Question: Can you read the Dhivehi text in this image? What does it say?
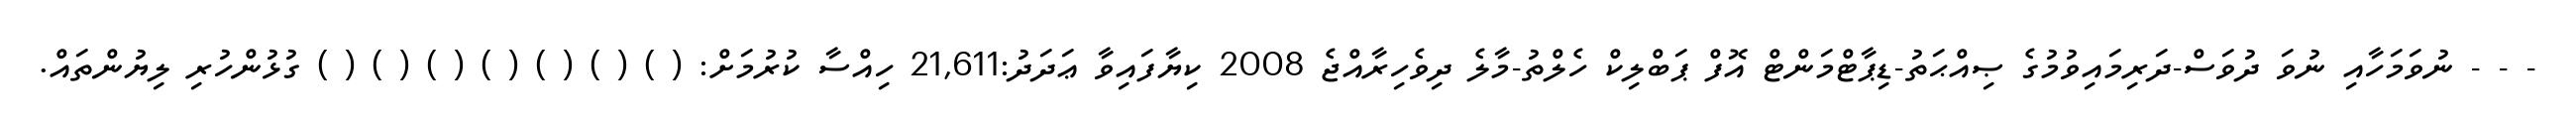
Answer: - - - ނުވަމަހާއި ނުވަ ދުވަސް-ދަރިމައިވުމުގެ ޞިއްޙަތު-ޑިޕާޓްމަންޓް އޮފް ޕަބްލިކް ހެލްތު-މާލެ ދިވެހިރާއްޖެ 2008 ކިޔާފައިވާ ޢަދަދު:21,611 ހިއްސާ ކުރުމަށް: ( ) ( ) ( ) ( ) ( ) ( ) ( ) ގުޅުންހުރި ލިޔުންތައް.